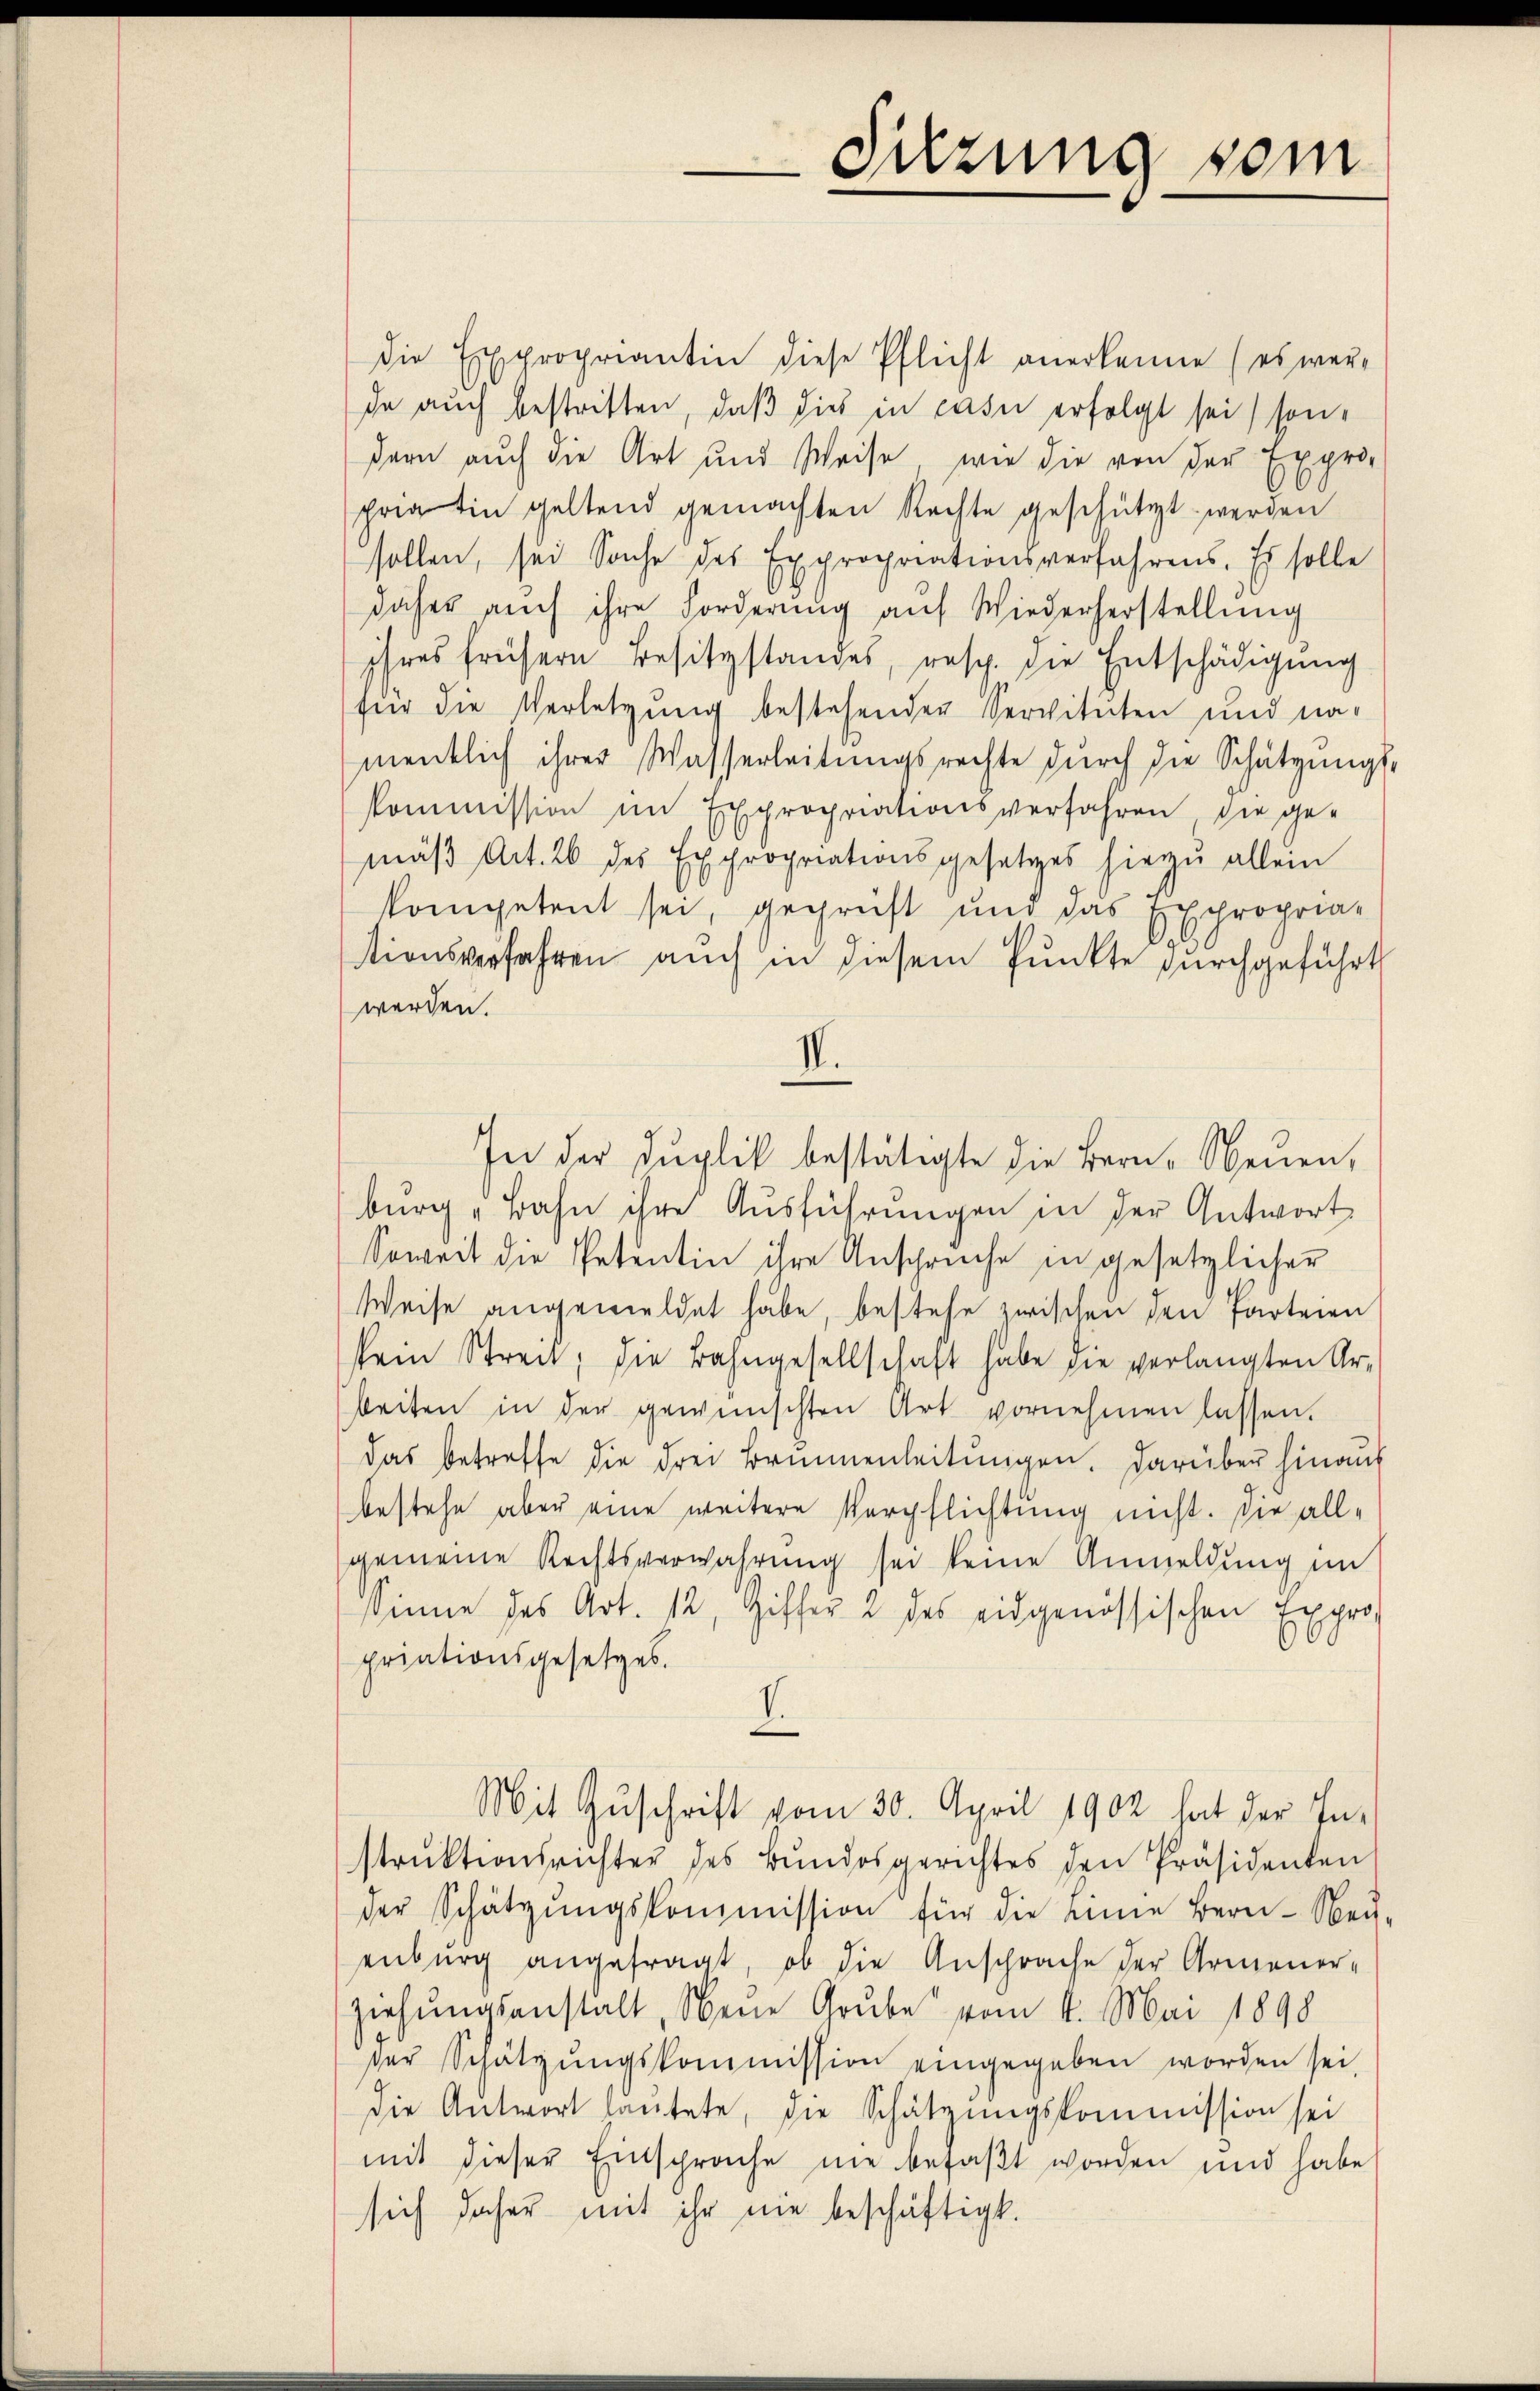
die Expropriantin diese Pflicht anerkenne (es wer-
de auch bestritten, daß dies in casu erfolgt sei, sondern auch die Art und Weise, wie die von der Expro-
priatin geltend gemachten Rechte geschützt werden
sollen, sei Sache des Expropriationsverfahrens. Es solle
daher auch ihre Forderung auf Wiederherstellung
ihres frühern Besitzstandes, resp. die Entschädigung
für die Verletzung bestehenden Servituten und namentlich ihrer Wasserleitungsrechte durch die Schützungs-
Kommission im Expropriationsverfahren die ge-
mäβ Art. 26 des Expropriationsgesetzes hiezu allein
kompetent sei, geprüft und das Expropria-
ttionsverfahren auch in diesem Punkte durchgeführt
werden.
IV.
In der Sŭplik bestätigte die Bern, Neuen,
burg "Bahn ihre Ausführungen in der Antwort
Soweit die Petentin ihre Anspruche in gesetzlicher
Weise angemeldet habe, bestehe zwischen den Parteien
sein Streit; die Bahngesellschaft habe die verlangten Ar-
beiten in der gewünschten Art vornehmen lassen.
das betreffe die drei Brunnenleitŭngen. Darüber hinauf
bestehe aber eine weitere Verpflichtung nicht. Die allgemeine Rechtsverwahrung sei keine Anmeldung im
Sinne des Art. 12, Ziffer 2 des eidgenössischen Expro
priationsgesetzes.
V.
Mit Zuschrift vom 30. April 1902 hat der In-
strŭktionsrichter des Bŭndesgerichtes den Präsidenten
der Schätzŭngskommission für die eine Berni-Neŭ-
enburg angefragt, ob die Ansprache der Armener-
ziehungsanstalt, Neue Grube vom 4. Mai 1898
der Schätzŭngskommission eingegeben worden sei,
die Antwort hautete, die Schätzungskommission sei
mit dieser Entsprache nie befaßt worden und habe
sich daher mit ihr nie beschäftigt.

Sitzung vom